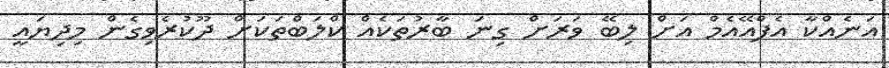
އަނެއްކާ އެފްއޭއެމް އަށް ލިބޭ ވަރަށް ގިނަ ބާރުތަކެއް ކްލަބްތަކަށް ދޫކުރެވިގެން މިދިޔައީ